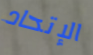
الإتحاد